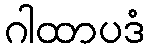
ဂါထာပဒံ